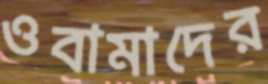
ওবামাদের